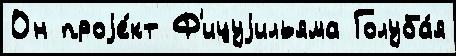
Он проjе́кт Ф'ицуjильяма Голуба́я